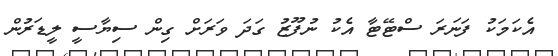
އެކަމަކު ފަނަރަ ސްޓޭޓާ އެކު ނުފޫޒު ގަދަ ވަރަށް ގިން ސިޔާސީ ލީޑަރުން